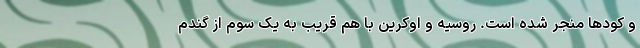
و کودها منجر شده است. روسیه و اوکرین با هم قریب به یک سوم از گندم